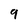
Character: 9